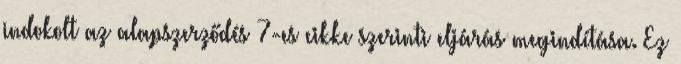
indokolt az alapszerződés 7-es cikke szerinti eljárás megindítása. Ez